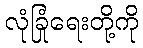
လုံခြုံရေးတို့ကို